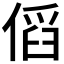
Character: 𠋯